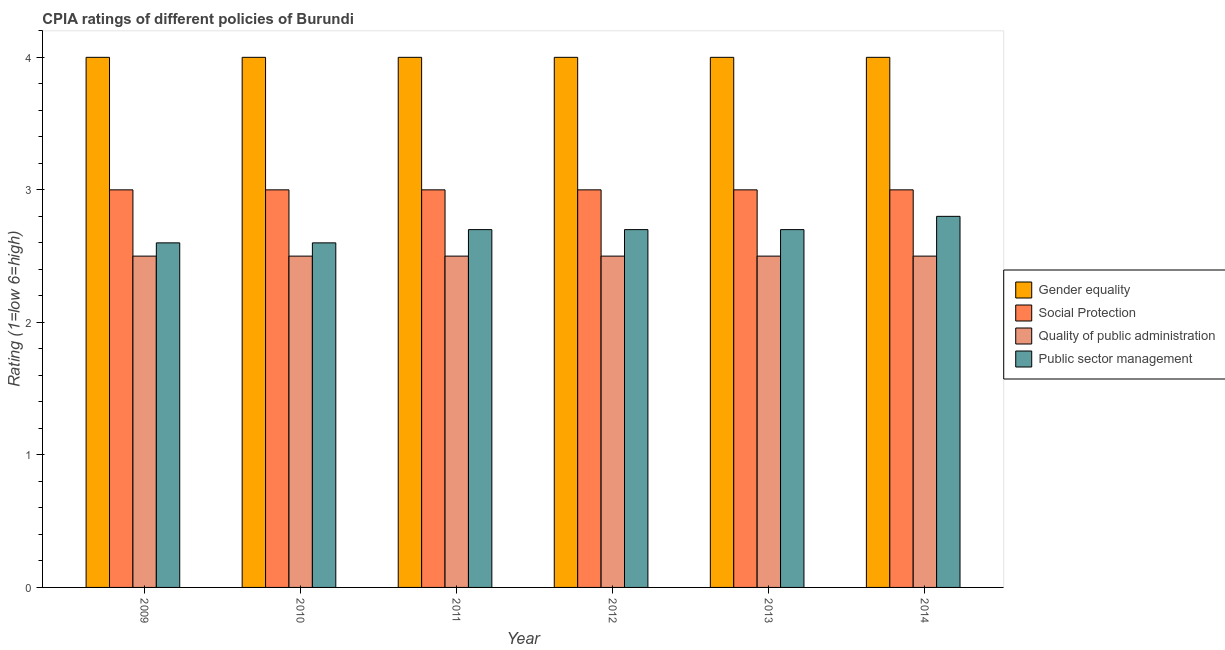
| Year | Gender equality | Social Protection | Quality of public administration | Public sector management |
 | --- | --- | --- | --- | --- |
 | 2009 | 4 | 3 | 2.5 | 2.6 |
 | 2010 | 4 | 3 | 2.5 | 2.6 |
 | 2011 | 4 | 3 | 2.5 | 2.7 |
 | 2012 | 4 | 3 | 2.5 | 2.7 |
 | 2013 | 4 | 3 | 2.5 | 2.7 |
 | 2014 | 4 | 3 | 2.5 | 2.8 |